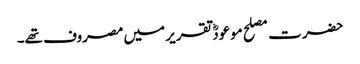
حضرت مصلح موعودؓ تقریر میں مصروف تھے۔